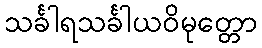
သင်္ခါရသင်္ခါယဝိမုတ္တော